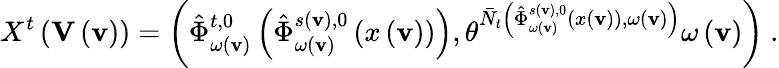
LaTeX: X^{t}\left(\mathbf{V}\left(\mathbf{v}\right)\right)=\left(\hat{\Phi}_{\omega\left(\mathbf{v}\right)}^{t,0}\left(\hat{\Phi}_{\omega\left(\mathbf{v}\right)}^{s\left(\mathbf{v}\right),0}\left(x\left(\mathbf{v}\right)\right)\right),\theta^{\bar{N}_{t}\left(\hat{\Phi}_{\omega\left(\mathbf{v}\right)}^{s\left(\mathbf{v}\right),0}\left(x\left(\mathbf{v}\right)\right),\omega\left(\mathbf{v}\right)\right)}\omega\left(\mathbf{v}\right)\right)\ .